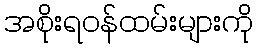
အစိုးရဝန်ထမ်းများကို